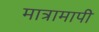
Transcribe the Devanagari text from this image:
मात्रामापी